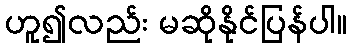
ဟူ၍လည်း မဆိုနိုင်ပြန်ပါ။